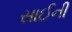
સાઈની